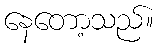
နေတော့သည်။